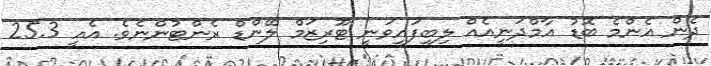
ދެން އެންމެ ބޮޑު އާމްދަނީއެއް ލިބިފައިވަނީ ޓޫރިޒަމް ލޭންޑް ރެންޓުންނެވެ. އެއީ 25.3